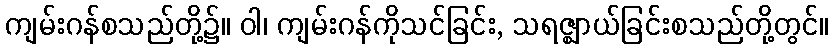
ကျမ်းဂန်စသည်တို့၌။ ဝါ၊ ကျမ်းဂန်ကိုသင်ခြင်း, သရဇ္ဈာယ်ခြင်းစသည်တို့တွင်။